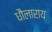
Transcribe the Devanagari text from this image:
धौलाराय